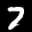
Label: 7